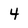
Character: 4